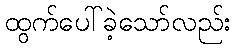
ထွက်ပေါ်ခဲ့သော်လည်း